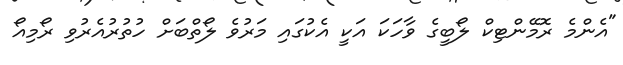
"އެންމެ ރޮމޭންޓިކް ލޯބީގެ ވާހަކަ އަކީ އެކުގައި މަރުވެ ލޯތްބަށް ހުތުރުއެރުވި ރޯމިއޯ